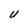
Character: U